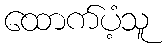
ထောက်ပံ့သူ